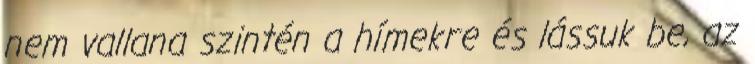
nem vallana szintén a hímekre és lássuk be, az